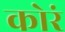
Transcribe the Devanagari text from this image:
कोरं